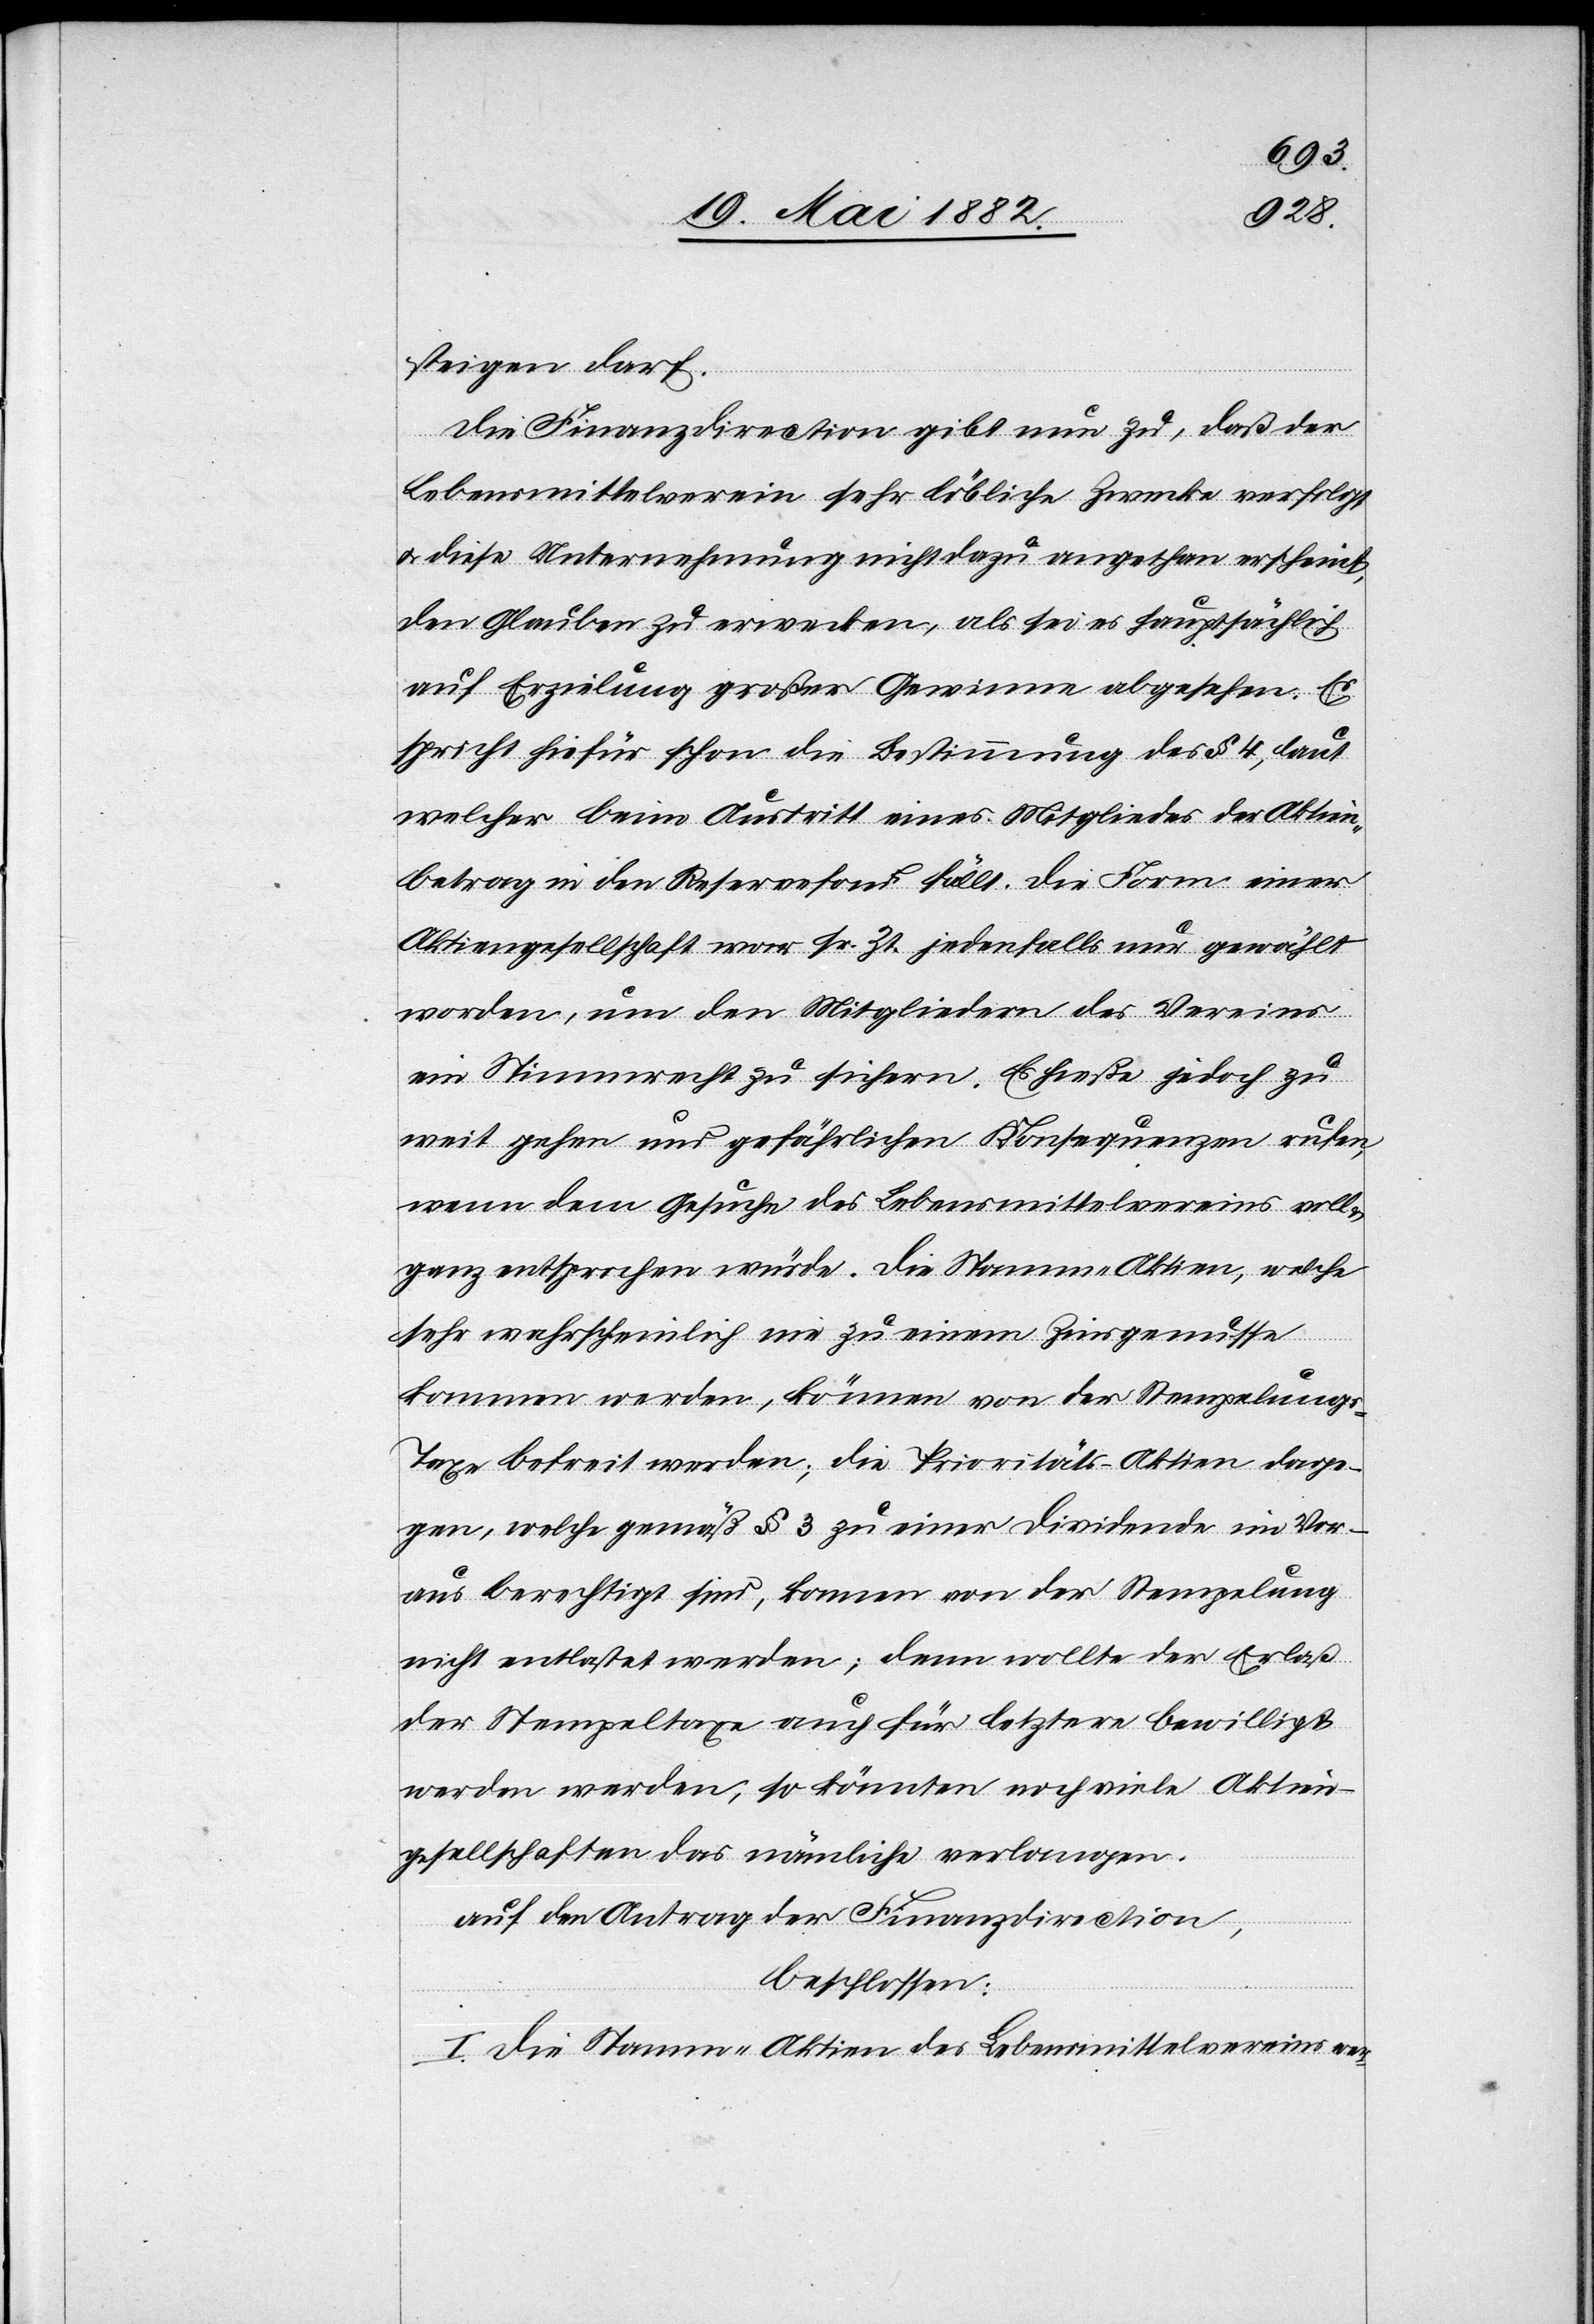
steigen darf.
Die Finanzdirection gibt nun zu, daß der
Lebensmittelverein sehr löbliche Zwecke verfolgt
u. diese Unternehmung nicht dazu angethan erscheint,
den Glauben zu erwecken, als sei es hauptsächlich
auf Erzielung großer Gewinne abgesehen. Es
spricht hiefür schon die Bestimmung des § 4, laut
welcher beim Austritt eines Mitgliedes der Aktien¬
betrag in den Reservefond fällt. Die Form einer
Aktiengesellschaft war sr. Zt. jedenfalls nur gewählt
worden, um den Mitgliedern des Vereines
ein Stimmrecht zu sichern. Es hieße jedoch zu
weit gehen und gefährlichen Konsequenzen rufen,
wenn dem Gesuche des Lebensmittelvereins voll
ganz entsprochen würde. Die Stamm-Aktien, welche
sehr wahrscheinlich nie zu einem Zinsgenusse
kommen werden, können von der Stempelung¬
s-Taxe befreit werden; die Prioritäts-Aktien dage¬
gen, welche gemäß § 3 zu einer Dividende im Vor¬
aus berechtigt sind, können von der Stempelung
nicht entlastet werden; denn wollte der Erlaß
der Stempeltaxe auch für letztere bewilligt
werden werden [sic!], so könnten noch viele Aktien¬
gesellschaften das nämliche verlangen.
auf Antrag der Finanzdirection,
beschlossen:
I. Die Stamm-Aktien des Lebensmittelvereins wer-